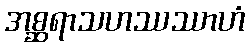
အစ္ဆရာသဟဿဿာဟံ